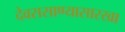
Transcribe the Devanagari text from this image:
देवससाण्यासारखा